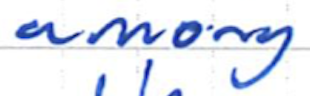
Text: among
Cross-out: clean
Writing tool: ballpoint